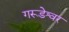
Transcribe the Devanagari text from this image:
गरूडेश्वर